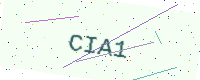
Text: CIA1